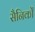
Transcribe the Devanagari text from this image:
सैनिकोँ